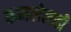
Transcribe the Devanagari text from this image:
कमलेलाही